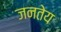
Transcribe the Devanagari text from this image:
जनतेय